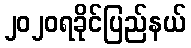
၂၀၂၀ရခိုင်ပြည်နယ်